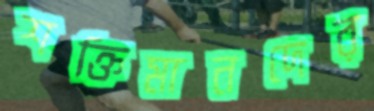
শক্তিমানদের